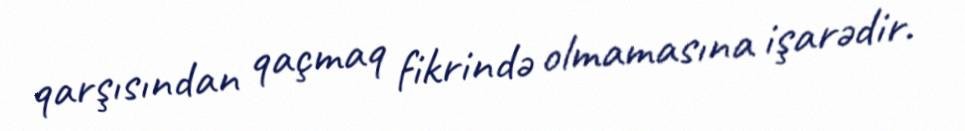
qarşısından qaçmaq fikrində olmamasına işarədir.